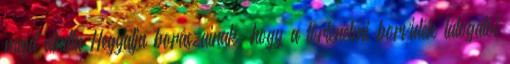
majd átadta Hegyalja borászainak, hogy a történelmi borvidék látogatói